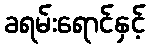
ခရမ်းရောင်နှင့်